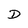
Character: D